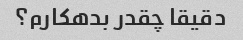
دقیقا چقدر بدهکارم؟